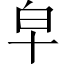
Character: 皁